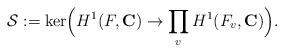
LaTeX: \begin{align*}\mathcal{S} := \ker\Bigl(H^1(F, \mathbf{C}) \rightarrow \prod_{v} H^1(F_v, \mathbf{C})\Bigr).\end{align*}